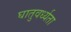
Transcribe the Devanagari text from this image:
घातुवर्ध्यता